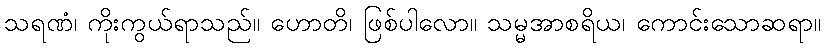
သရဏံ၊ ကိုးကွယ်ရာသည်။ ဟောတိ၊ ဖြစ်ပါလော။ သမ္မအာစရိယ၊ ကောင်းသောဆရာ။